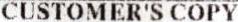
CUSTOMER'S COPY